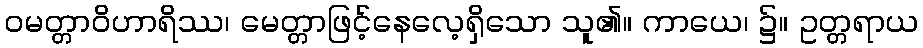
ဝမတ္တာဝိဟာရိဿ၊ မေတ္တာဖြင့်နေလေ့ရှိသော သူ၏။ ကာယေ၊ ၌။ ဥတ္တရာယ